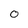
Character: 0